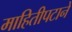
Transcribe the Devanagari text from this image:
माहितीपटाने